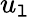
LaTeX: u_{\mathtt{l}}